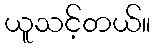
ယူသင့်တယ်။